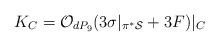
LaTeX: \begin{align*}K_C={\cal O}_{dP_9}(3 \sigma|_{\pi^{*}{\cal S}}+ 3F)|_C\end{align*}